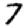
Digit: 7